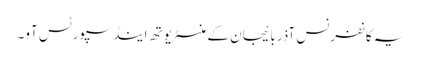
یہ کانفرنس آذربائیجان کے منسٹر یوتھ اینڈ سپورٹس آو۔